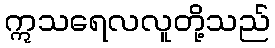
ဣသရေလလူတို့သည်